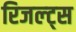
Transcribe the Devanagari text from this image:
रिजल्ट्स